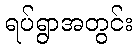
ရပ်ရွာအတွင်း